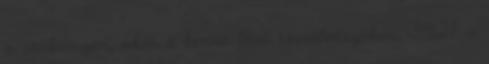
a szekrényen, akár a benne lévõ szerelvényeken, 3.4.2.1. a